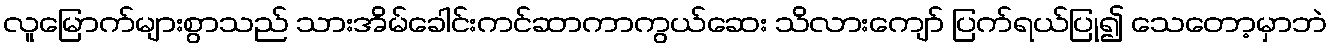
လူမြောက်များစွာသည် သားအိမ်ခေါင်းကင်ဆာကာကွယ်ဆေး သိလားကျော် ပြက်ရယ်ပြု၍ သေတော့မှာဘဲ